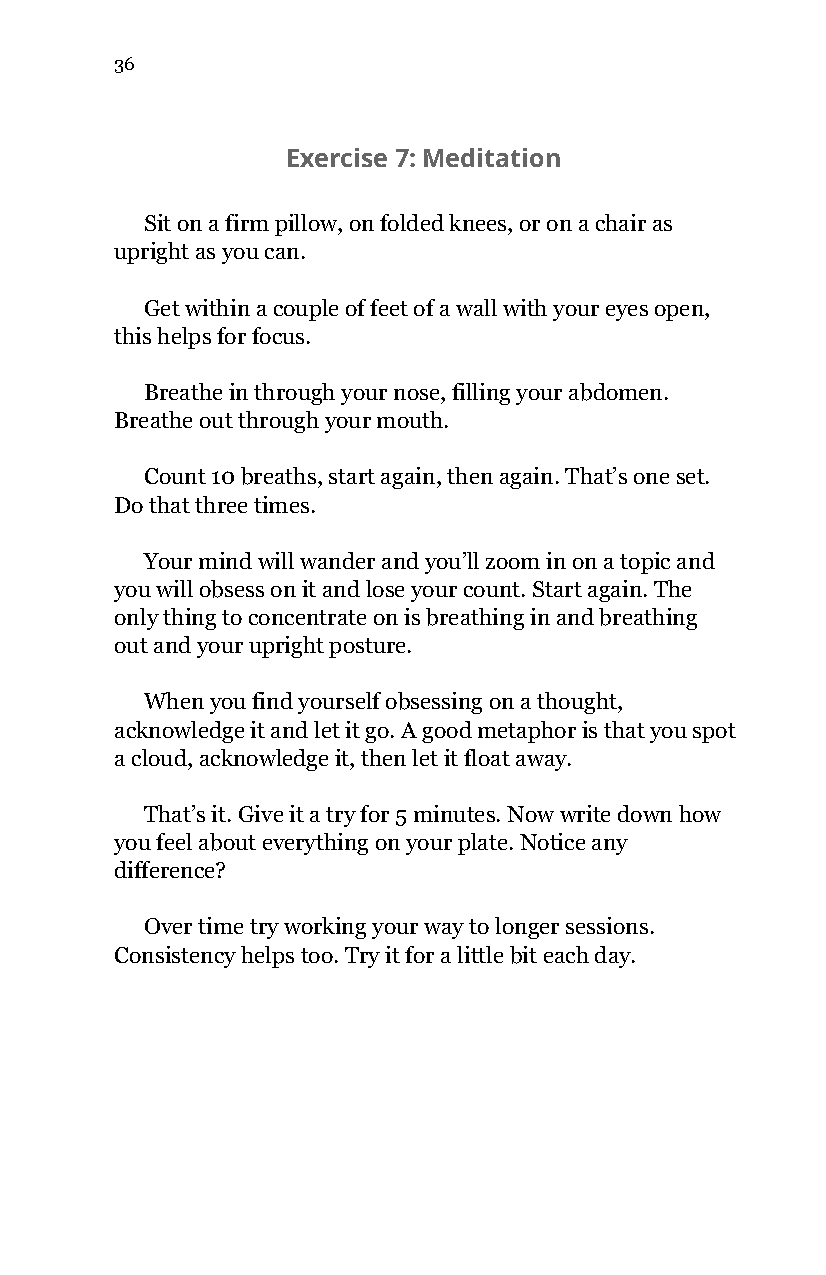
36
 Exercise 7: Meditation
 Sit on a firm pillow, on folded knees, or on a chair as
 upright as you can.
 Get within a couple of feet of a wall with your eyes open,
 this helps for focus.
 Breathe in through your nose, filling your abdomen.
 Breathe out through your mouth.
 Count 10 breaths, start again, then again. That’s one set.
 Do that three times.
 Your mind will wander and you’ll zoom in on a topic and
 you will obsess on it and lose your count. Start again. The
 only thing to concentrate on is breathing in and breathing
 out and your upright posture.
 When you find yourself obsessing on a thought,
 acknowledge it and let it go. A good metaphor is that you spot
 a cloud, acknowledge it, then let it float away.
 That’s it. Give it a try for 5 minutes. Now write down how
 you feel about everything on your plate. Notice any
 difference?
 Over time try working your way to longer sessions.
 Consistency helps too. Try it for a little bit each day.